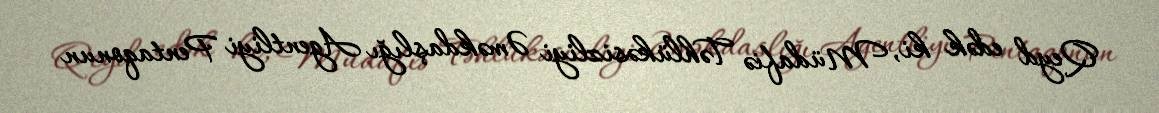
Qeyd edək ki, Müdafiə Təhlükəsizliyi Əməkdaşlığı Agentliyi Pentaqonun